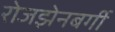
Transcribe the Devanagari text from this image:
रोजझेनबर्गी